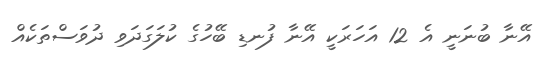
އޭނާ ބުނަނީ އެ 12 އަހަރަކީ އޭނާ ފުނޑި ބޭހުގެ ކުލަގަދަވި ދުވަސްތަކެއް